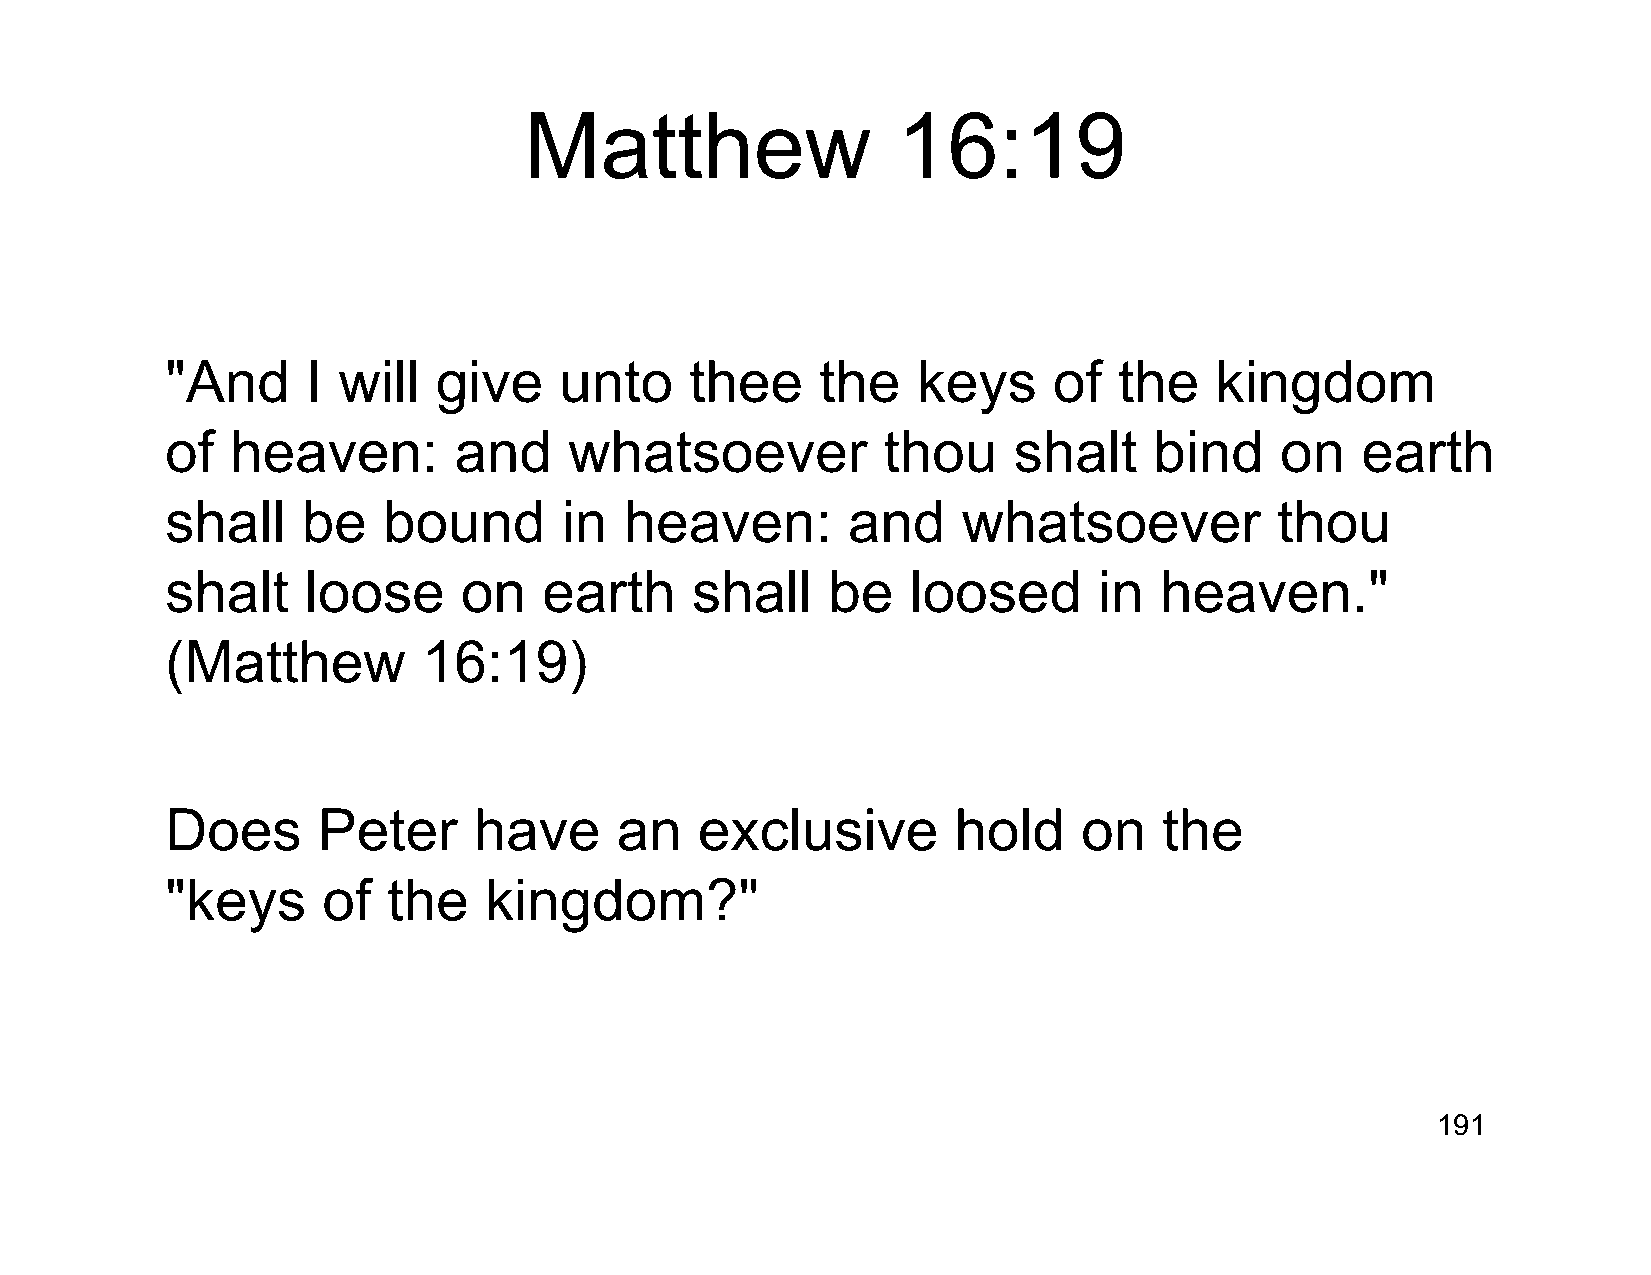
Matthew                 16:19
 "And     I will   give    unto     thee    the    keys     of  the   kingdom
 of  heaven:        and     whatsoever          thou     shalt    bind     on   earth
 shall    be   bound       in  heaven:        and     whatsoever           thou
 shalt    loose      on   earth     shall    be   loosed       in  heaven."
 (Matthew         16:19)
 Does      Peter     have      an   exclusive        hold     on   the
 "keys     of   the   kingdom?"
 191